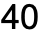
40